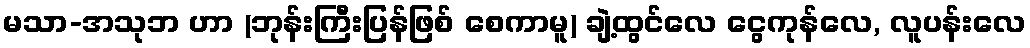
မသာ-အသုဘ ဟာ (ဘုန်းကြီးပြန်ဖြစ် စေကာမူ) ချဲ့ထွင်လေ ငွေကုန်လေ, လူပန်းလေ